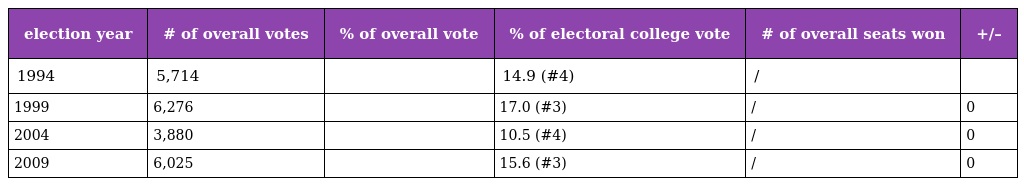
| election year | # of overall votes | % of overall vote | % of electoral college vote | # of overall seats won | +/– |
 | --- | --- | --- | --- | --- | --- |
 | 1994 | 5,714 |  | 14.9 (#4) | / |  |
 | 1999 | 6,276 |  | 17.0 (#3) | / | 0 |
 | 2004 | 3,880 |  | 10.5 (#4) | / | 0 |
 | 2009 | 6,025 |  | 15.6 (#3) | / | 0 |